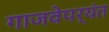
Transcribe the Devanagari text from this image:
गाजवेपर्यंत